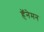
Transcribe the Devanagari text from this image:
हॅनेमन